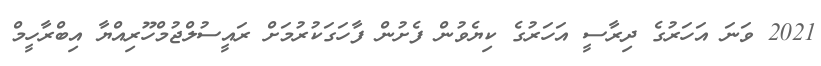
2021 ވަނަ އަހަރުގެ ދިރާސީ އަހަރުގެ ކިޔެވުން ފެށުން ފާހަގަކުރުމަށް ރައީސުލްޖުމްހޫރިއްޔާ އިބްރާހީމް